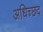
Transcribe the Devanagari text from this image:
अधिच्छद